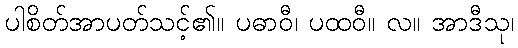
ပါစိတ်အာပတ်သင့်၏။ ပဓာဝီ၊ ပထဝီ။ လ။ အာဒီသု၊